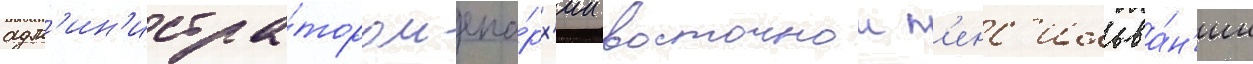
адм'ин'истра́тором епа́рх'ии восточнои п'енс'ильва́н'ии